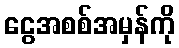
ငွေအစစ်အမှန်ကို